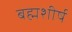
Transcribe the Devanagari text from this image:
बह्मशीर्ष